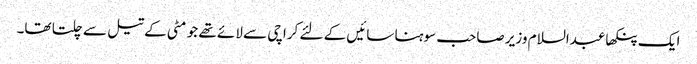
ایک پنکھا عبدالسلام وزیر صاحب سوہنا سائیں کے لئے کراچی سے لائے تھے جو مٹی کے تیل سے چلتا تھا۔